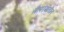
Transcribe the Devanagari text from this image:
तैलरंगांतील